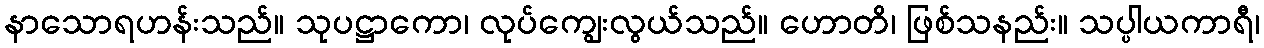
နာသောရဟန်းသည်။ သုပဋ္ဌာကော၊ လုပ်ကျွေးလွယ်သည်။ ဟောတိ၊ ဖြစ်သနည်း။ သပ္ပါယကာရီ၊